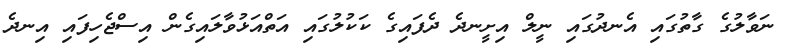
ނަވާލުގެ ގާތުގައި އެނދުގައި ނީލް އިށީނދެ ދެފައިގެ ކަކުލުގައި އަތްއަޅުވާލައިގެން އިސްޖެހިފައި އިނދެ